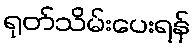
ရုတ်သိမ်းပေးရန်